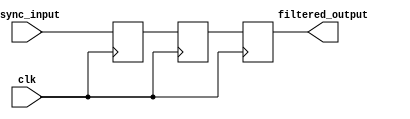
module metastability_filter (
    input wire clk,                // Clock signal
    input wire async_input,        // Asynchronous input signal
    output reg filtered_output      // Stable output signal
);

// Internal signals for flip-flops
reg ff1, ff2;

// Always block for the first flip-flop
always @(posedge clk) begin
    ff1 <= async_input;           // Sample the asynchronous input
end

// Always block for the second flip-flop
always @(posedge clk) begin
    ff2 <= ff1;                   // Sample the output of the first flip-flop
end

// Assign the stable output
always @(posedge clk) begin
    filtered_output <= ff2;       // Output the value of the second flip-flop
end

endmodule